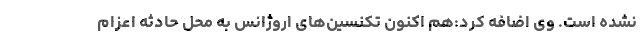
نشده است. وی اضافه کرد:هم اکنون تکنسین‌های اروژانس به محل حادثه اعزام